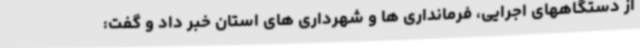
از دستگاههای اجرایی، فرمانداری ها و شهرداری های استان خبر داد و گفت: